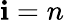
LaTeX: \mathbf{i}=n